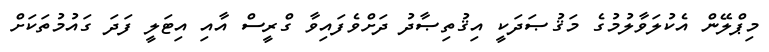
މިޕްލޭން އެކުލަވާލުމުގެ މަޤުޞަދަކީ އިޤުތިޞާދު ދަށްވެފައިވާ ގްރީސް އާއި އިޓަލީ ފަދަ ގައުމުތަކަށް